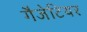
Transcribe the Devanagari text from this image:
गैजेटियर